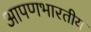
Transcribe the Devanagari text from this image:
आपणभारतीय